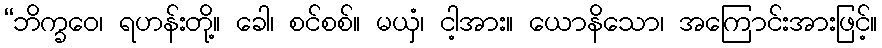
“ဘိက္ခဝေ၊ ရဟန်းတို့။ ခေါ၊ စင်စစ်။ မယှံ၊ ငါ့အား။ ယောနိသော၊ အကြောင်းအားဖြင့်။